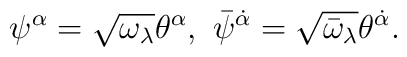
\psi^{\alpha}=\sqrt {\omega_{\lambda}}\theta^{\alpha},\ \bar \psi^{\dot\alpha}=\sqrt {\bar \omega_{\lambda}}\theta^{\dot\alpha}.